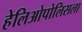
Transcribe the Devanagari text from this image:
हेलिओपोलिसला